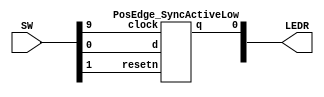
`timescale 1ns / 1ps
`default_nettype none

module top(SW, LEDR); 
	input[9:0]SW;
	output[9:0]LEDR;

	PosEdge_SyncActiveLow u0(SW[0], SW[9], SW[1], LEDR[0]);

endmodule

module PosEdge_SyncActiveLow(d, clock, resetn, q);
    input d, clock, resetn;
    output reg q;
	 
    always@(posedge clock) 
        begin
            if (resetn == 1'b0)
                q <= 0; 
            else
                q <= d;
        end
endmodule